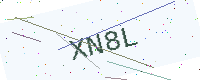
Text: XN8L